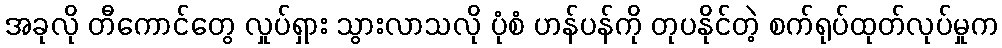
အခုလို တီကောင်တွေ လှုပ်ရှား သွားလာသလို ပုံစံ ဟန်ပန်ကို တုပနိုင်တဲ့ စက်ရုပ်ထုတ်လုပ်မှုက